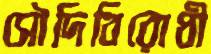
সৌদিবিরোধী